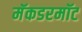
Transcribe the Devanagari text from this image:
मॅकडरमॉट